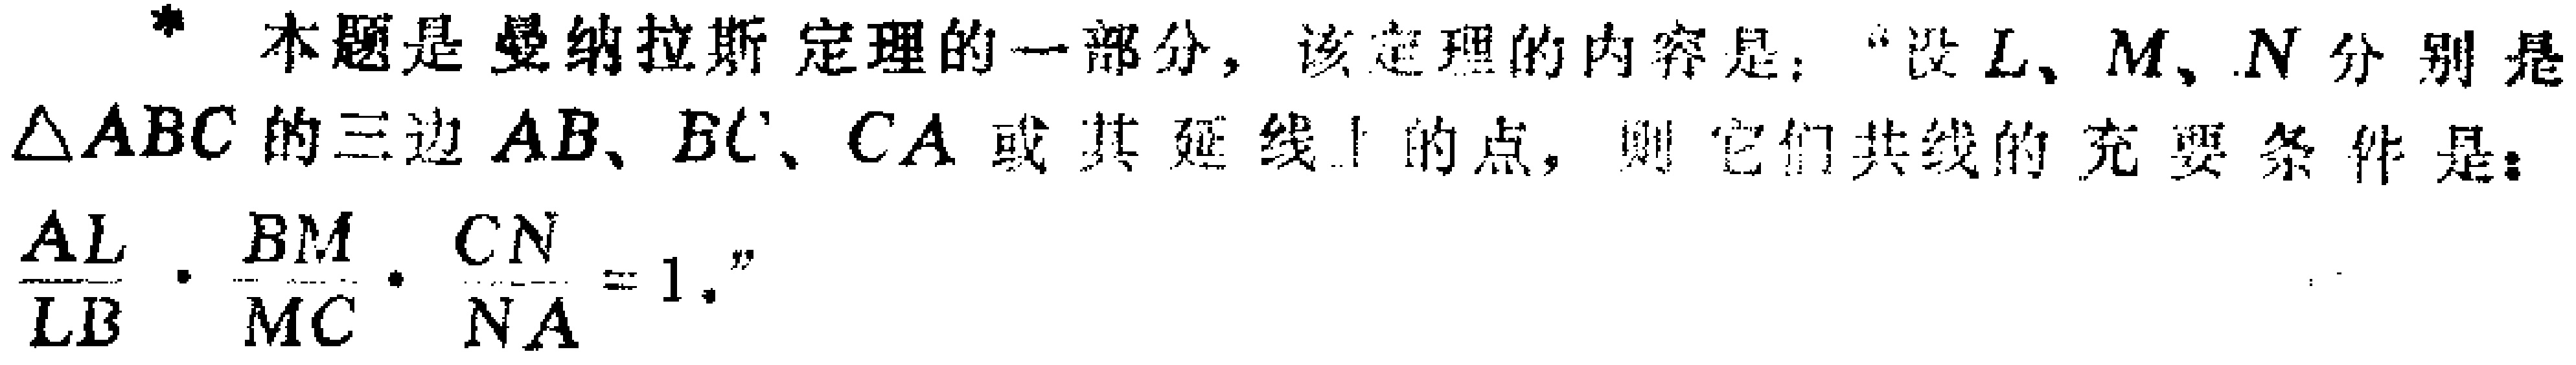
本题是曼纳拉斯定理的一部分，该定理的内容是：“设 \(L\)、\(M\)、\(N\) 分别是 \(\triangle ABC\) 的三边 \(AB\)、\(BC\)、\(CA\) 或其延线上的点，则它们共线的充要条件是：\(\frac{AL}{LB}\cdot\frac{BM}{MC}\cdot\frac{CN}{NA} = 1\)。”